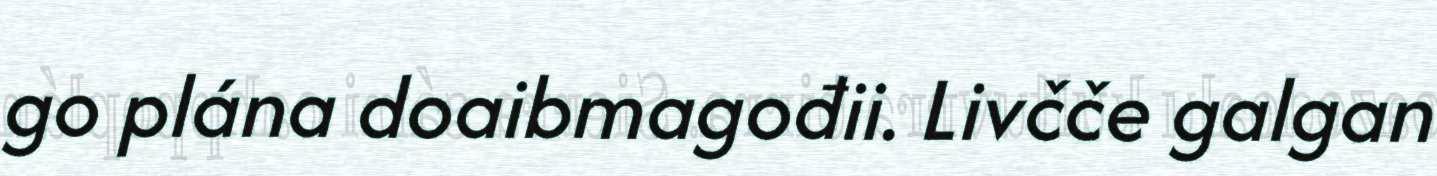
go plána doaibmagođii. Livčče galgan